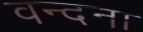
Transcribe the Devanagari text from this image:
वन्‍दना